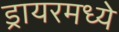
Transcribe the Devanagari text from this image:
ड्रायरमध्ये